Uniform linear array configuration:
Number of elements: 12
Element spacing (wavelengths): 0.75
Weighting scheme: cosine
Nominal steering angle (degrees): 45
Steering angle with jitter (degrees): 46.328
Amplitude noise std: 0.05
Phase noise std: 0.05

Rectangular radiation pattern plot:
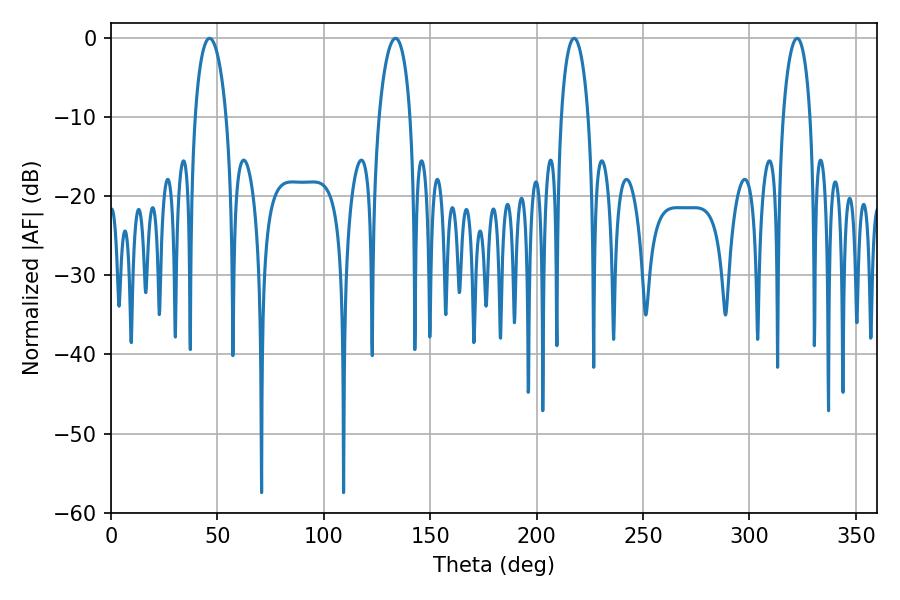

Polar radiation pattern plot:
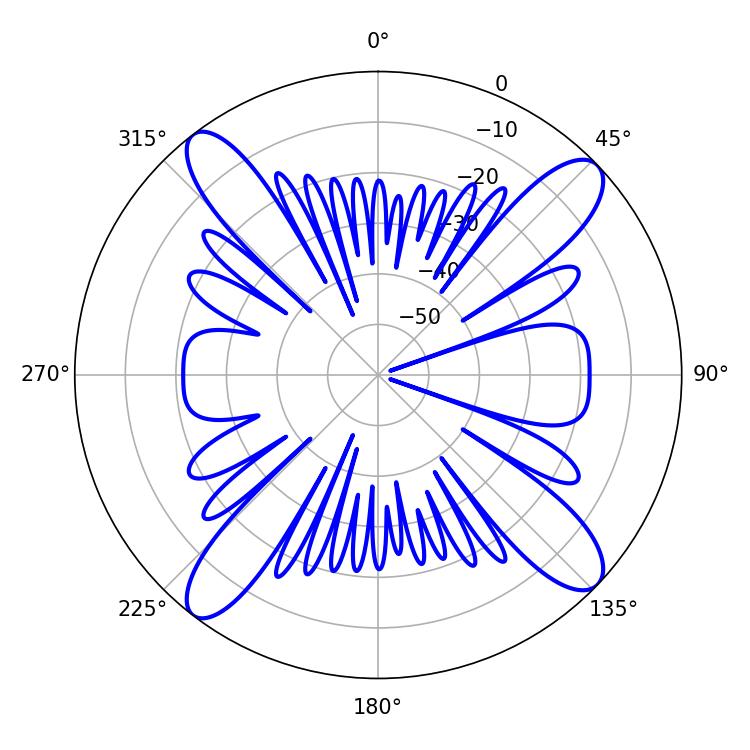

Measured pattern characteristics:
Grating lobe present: TRUE
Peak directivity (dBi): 15.022
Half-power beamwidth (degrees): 7.38
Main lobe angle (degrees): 217.62